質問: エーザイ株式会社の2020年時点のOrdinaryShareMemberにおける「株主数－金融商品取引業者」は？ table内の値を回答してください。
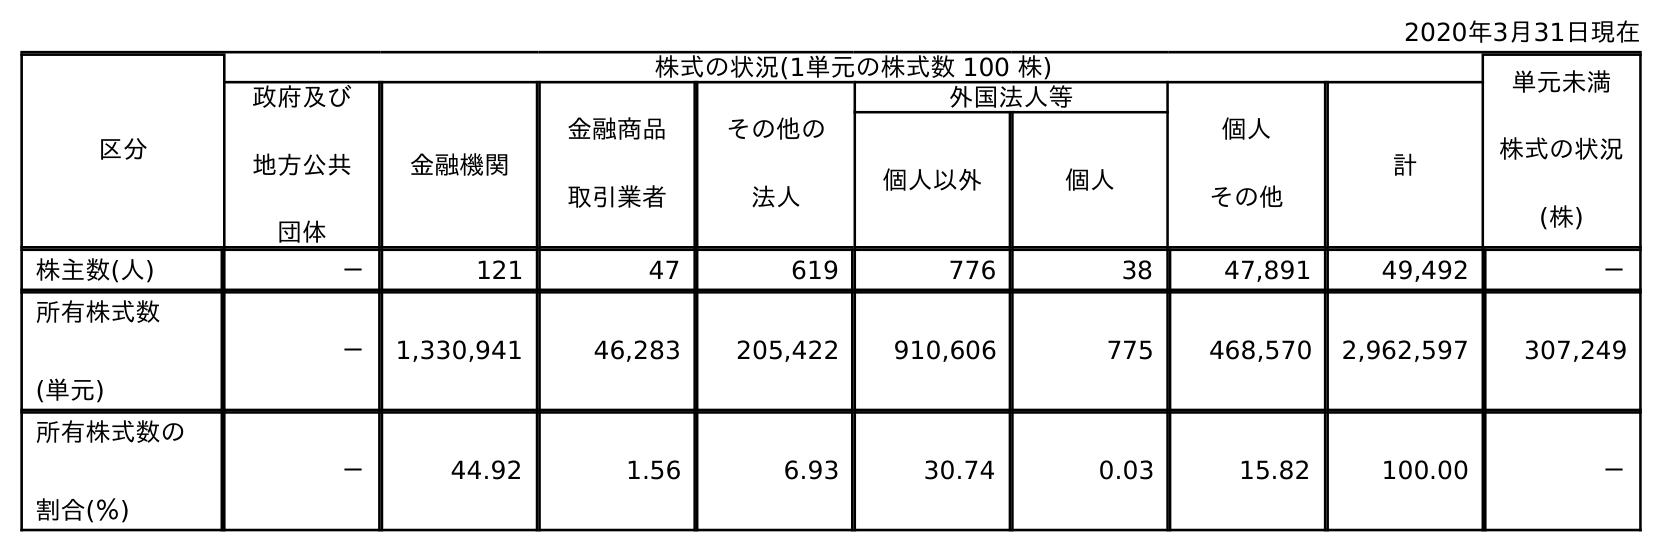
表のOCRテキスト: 2020年3月31日現在 区分 株式の状況(1単元の株式数 100 株) 単元未満 株式の状況 (株) 政府及び 地方公共 団体 金融機関 金融商品 取引業者 その他の 法人 外国法人等 個人 その他 計 個人以外 個人 株主数(人) － 121 47 619 776 38 47,891 49,492 － 所有株式数 (単元) － 1,330,941 46,283 205,422 910,606 775 468,570 2,962,597 307,249 所有株式数の 割合(％) － 44.92 1.56 6.93 30.74 0.03 15.82 100.00 －
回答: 47